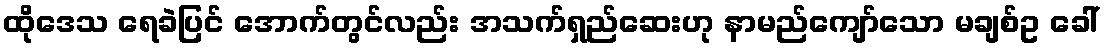
ထိုဒေသ ရေခဲပြင် အောက်တွင်လည်း အသက်ရှည်ဆေးဟု နာမည်ကျော်သော မချစ်ဥ ခေါ်